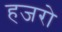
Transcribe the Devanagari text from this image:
हजरो